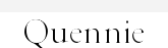
Quennie